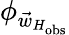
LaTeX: \phi_{\vec{w}_{H_{\mathrm{obs}}}}